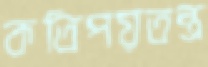
কতিপয়তন্ত্র